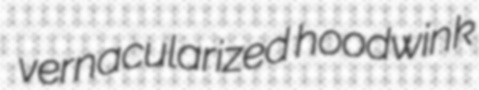
vernacularized hoodwink